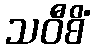
သဝီစိံ